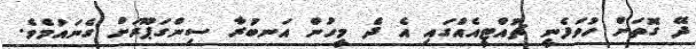
ދޭ ގޮތަށް ހުވަފެނީ ޗުއްޓީއެއްގައި އެ ދެ މީހުން އަނބުރާ ސިންގަޕޫރަށް ގެނައުމެވެ.